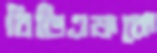
বিডিএফকে